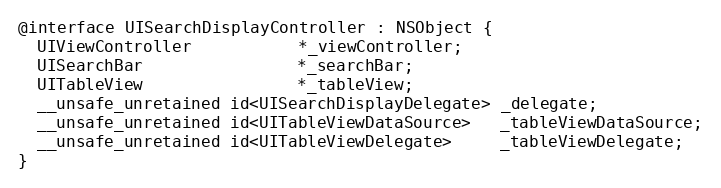
Language: C
@interface UISearchDisplayController : NSObject {
  UIViewController           *_viewController;
  UISearchBar                *_searchBar;
  UITableView                *_tableView;
  __unsafe_unretained id<UISearchDisplayDelegate> _delegate;
  __unsafe_unretained id<UITableViewDataSource>   _tableViewDataSource;
  __unsafe_unretained id<UITableViewDelegate>     _tableViewDelegate;
}